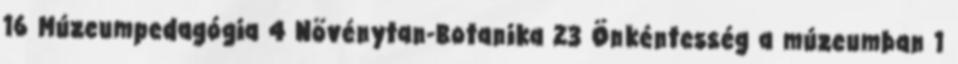
16 Múzeumpedagógia 4 Növénytan-Botanika 23 Önkéntesség a múzeumban 1